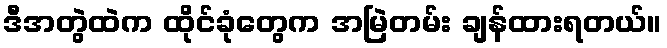
ဒီအတွဲထဲက ထိုင်ခုံတွေက အမြဲတမ်း ချန်ထားရတယ်။